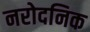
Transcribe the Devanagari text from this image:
नरोदनिक